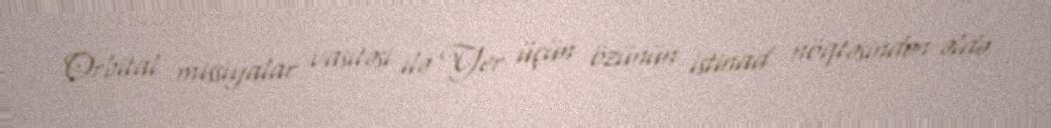
Orbital missiyalar vasitəsi ilə Yer üçün özünün istinad nöqtəsindən əldə